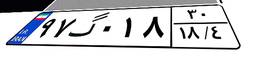
۹۷گ۰۱۸۳۰